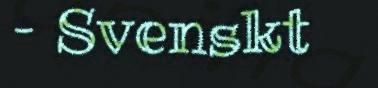
– Svenskt